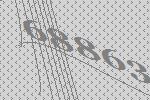
68863